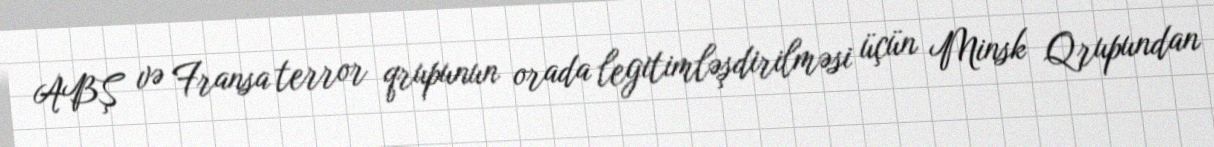
ABŞ və Fransa terror qrupunun orada legitimləşdirilməsi üçün Minsk Qrupundan